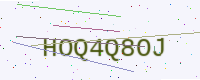
Text: HOQ4Q8OJ